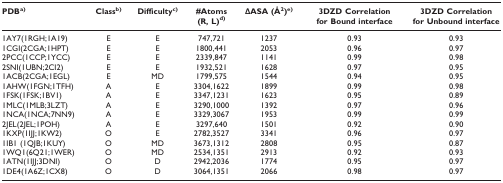
<table><thead><tr><td><b>PDB<sup>a)</sup></b></td><td><b>Class<sup>b)</sup></b></td><td><b>Difficulty<sup>c)</sup></b></td><td><b>#Atoms(R, L)<sup>d)</sup></b></td><td><b>ΔASA (Å<sup>2</sup>)<sup>e)</sup></b></td><td><b>3DZD Correlation for Bound interface</b></td><td><b>3DZD Correlation for Unbound interface</b></td></tr></thead><tbody><tr><td>1AY7(1RGH;1A19)</td><td>E</td><td>E</td><td>747,721</td><td>1237</td><td>0.93</td><td>0.93</td></tr><tr><td>1CGI(2CGA;1HPT)</td><td>E</td><td>E</td><td>1800,441</td><td>2053</td><td>0.96</td><td>0.97</td></tr><tr><td>2PCC(1CCP;1YCC)</td><td>E</td><td>E</td><td>2339,847</td><td>1141</td><td>0.99</td><td>0.98</td></tr><tr><td>2SNI(1UBN;2CI2)</td><td>E</td><td>E</td><td>1932,521</td><td>1628</td><td>0.97</td><td>0.95</td></tr><tr><td>1ACB(2CGA;1EGL)</td><td>E</td><td>MD</td><td>1799,575</td><td>1544</td><td>0.94</td><td>0.95</td></tr><tr><td>1AHW(1FGN;1TFH)</td><td>A</td><td>E</td><td>3304,1622</td><td>1899</td><td>0.99</td><td>0.98</td></tr><tr><td>1FSK(1FSK;1BV1)</td><td>A</td><td>E</td><td>3347,1231</td><td>1623</td><td>0.95</td><td>0.89</td></tr><tr><td>1MLC(1MLB;3LZT)</td><td>A</td><td>E</td><td>3290,1000</td><td>1392</td><td>0.97</td><td>0.96</td></tr><tr><td>1NCA(1NCA;7NN9)</td><td>A</td><td>E</td><td>3329,3067</td><td>1953</td><td>0.99</td><td>0.99</td></tr><tr><td>2JEL(2JEL;1POH)</td><td>A</td><td>E</td><td>3297,640</td><td>1501</td><td>0.92</td><td>0.90</td></tr><tr><td>1KXP(1IJJ;1KW2)</td><td>O</td><td>E</td><td>2782,3527</td><td>3341</td><td>0.96</td><td>0.97</td></tr><tr><td>1IB1 (1QJB;1KUY)</td><td>O</td><td>MD</td><td>3673,1312</td><td>2808</td><td>0.95</td><td>0.87</td></tr><tr><td>1WQ1(6Q21;1WER)</td><td>O</td><td>MD</td><td>2534,1351</td><td>2913</td><td>0.92</td><td>0.93</td></tr><tr><td>1ATN(1IJJ;3DNI)</td><td>O</td><td>D</td><td>2942,2036</td><td>1774</td><td>0.95</td><td>0.97</td></tr><tr><td>1DE4(1A6Z;1CX8)</td><td>O</td><td>D</td><td>3064,1351</td><td>2066</td><td>0.98</td><td>0.97</td></tr></tbody></table>